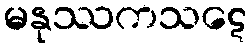
မနုဿကသဋေ